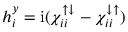
h _ { i } ^ { y } = \mathrm { i } ( \chi _ { i i } ^ { { \uparrow } { \downarrow } } - \chi _ { i i } ^ { { \downarrow } { \uparrow } } )